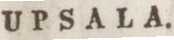
UPSALA.